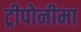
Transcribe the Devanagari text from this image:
ट्रीपोनीमा